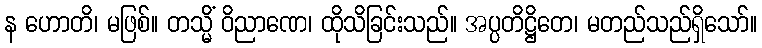
န ဟောတိ၊ မဖြစ်။ တသ္မိံ ဝိညာဏေ၊ ထိုသိခြင်းသည်။ အပ္ပတိဋ္ဌိတေ၊ မတည်သည်ရှိသော်။